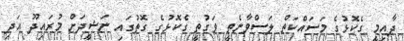
ދާއިމީ ގެކޮޅުގެ މަސައްކަތް ލަސްވާނެތީ ވަގުތީ ގެކޮޅުގެ ގޮތުގައި ނަޝީދަށް މުރައިދޫ އަދި